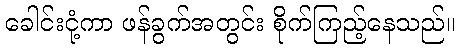
ခေါင်းငုံ့ကာ ဖန်ခွက်အတွင်း စိုက်ကြည့်နေသည်။